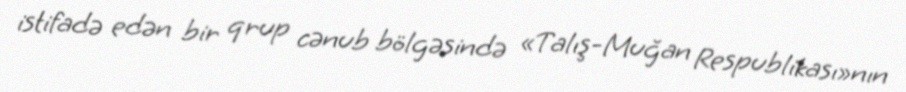
istifadə edən bir qrup cənub bölgəsində «Talış-Muğan Respublikası»nın